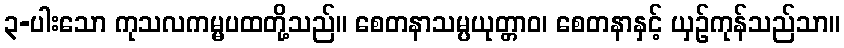
၃-ပါးသော ကုသလကမ္မပထတို့သည်။ စေတနာသမ္ပယုတ္တာဝ၊ စေတနာနှင့် ယှဉ်ကုန်သည်သာ။